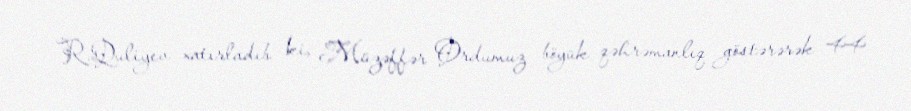
R.Quliyev xatırladıb ki, Müzəffər Ordumuz böyük qəhrəmanlıq göstərərək 44